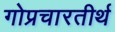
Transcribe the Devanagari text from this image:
गोप्रचारतीर्थ